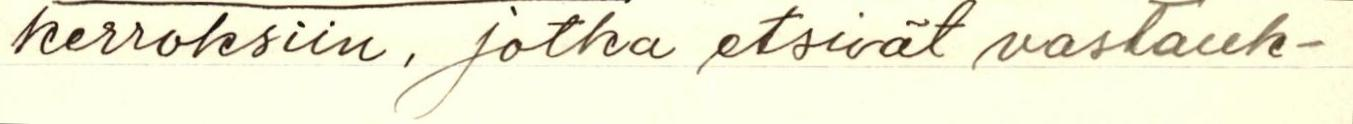
kerroksiin, jotka etsivät vastauk-